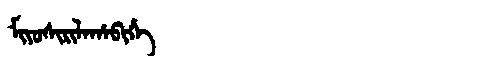
Manchu: ᠮᡳᠶᠣᠰᡳᡵᡳᠯᠠᡥᠠᠪᡳᡥᡝ
Romanization: MIYOSIRILAHABIHE